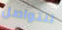
للتواصل